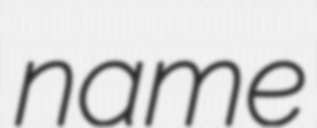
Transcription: name